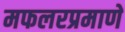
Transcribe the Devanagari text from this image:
मफलरप्रमाणे